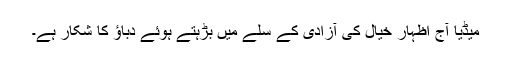
میڈیا آج اظہار خیال کی آزادی کے سلے میں بڑہتے ہوئے دباؤ کا شکار ہے۔